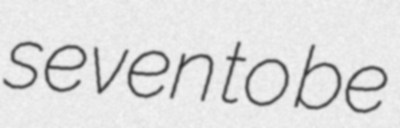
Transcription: seven to be